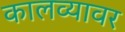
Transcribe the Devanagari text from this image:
कालव्यावर